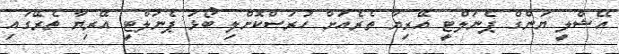
އޭޝްލީ ޔަންގް ޕެނަލްޓީ އޭރިޔާ ތެރެއަށް ހުރަސްކޮށްލި ބޯޅަ ޕެނަލްޓީ އޭރިޔާ ތެރޭގައި